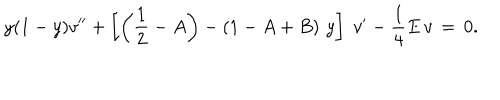
LaTeX: y ( 1 - y ) v ^ { \prime \prime } + \left[ \left( { \frac { 1 } { 2 } } - A \right) - \left( 1 - A + B \right) \, y \right] \; v ^ { \prime } - { \frac { 1 } { 4 } } E \, v \, = \, 0 .